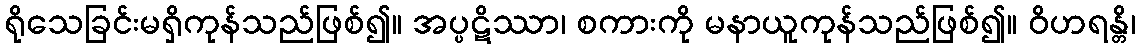
ရိုသေခြင်းမရှိကုန်သည်ဖြစ်၍။ အပ္ပဋိဿာ၊ စကားကို မနာယူကုန်သည်ဖြစ်၍။ ဝိဟရန္တိ၊